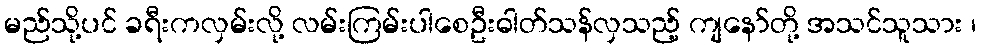
မည်သို့ပင် ခရီးကလှမ်းလို့ လမ်းကြမ်းပါစေဦးဓါတ်သန်လှသည့် ကျနော်တို့ အသင်သူသား ၊